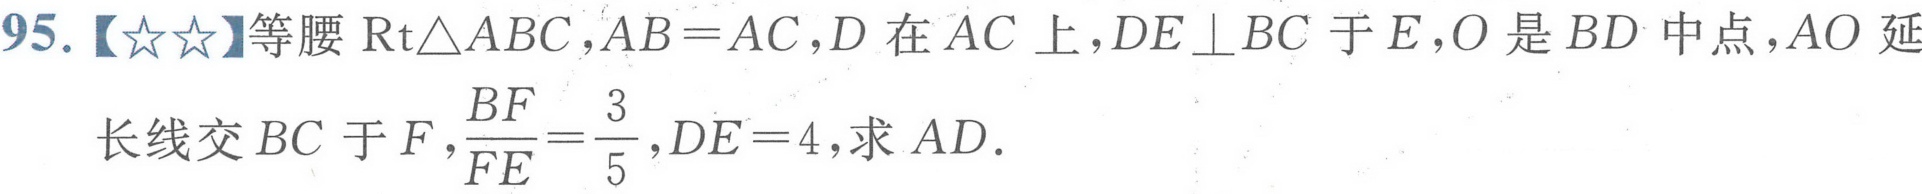
95.【★★】等腰\(\text{Rt}\triangle ABC\)，\(AB = AC\)，\(D\)在\(AC\)上，\(DE\perp BC\)于\(E\)，\(O\)是\(BD\)中点，\(AO\)延
长线交\(BC\)于\(F\)，\(\frac{BF}{FE}=\frac{3}{5}\)，\(DE = 4\)，求\(AD\).